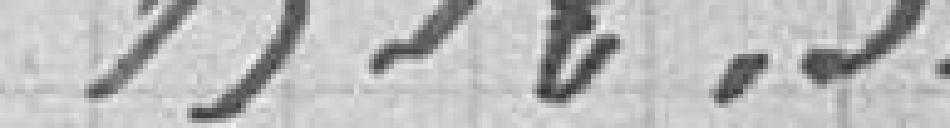
1.512,31